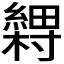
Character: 𬗽